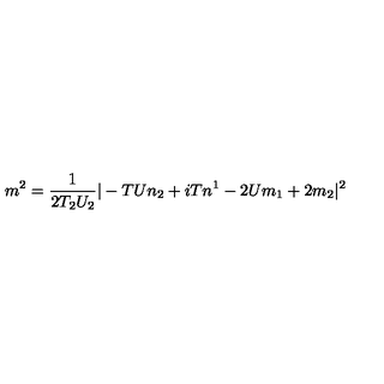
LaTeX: m ^ { 2 } = \frac { 1 } { 2 T _ { 2 } U _ { 2 } } | - T U n _ { 2 } + i T n ^ { 1 } - 2 U m _ { 1 } + 2 m _ { 2 } | ^ { 2 }